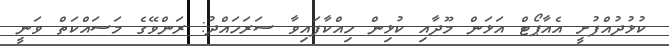
ކުޅުދުއްފުށީ އެއާޕޯޓް އަޅަން މޫދާއި ކުޅިން ހިއްކާފައިވާ ސަރަހައްދު: ރަންވޭގެ މަސައްކަތް ވަނީ